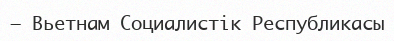
– Вьетнам Социалистік Республикасы